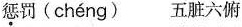
惩罚(chéng) 五脏六俯